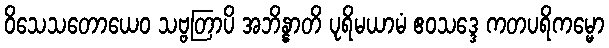
ဝိသေသတောယေဝ သဗ္ဗတြာပိ အဘိန္နာတိ ပုရိမယာမံ ဧဝသဒ္ဒေ ကတပရိကမ္မော